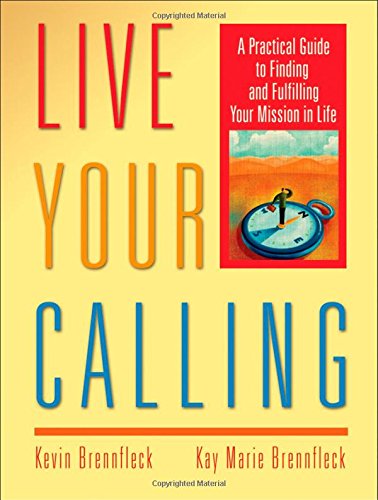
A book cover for Live Your Calling: A Practical Guide to Finding and Fulfilling Your Mission in Life; Kevin Brennfleck; Christian Books & Bibles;